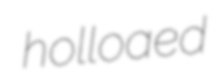
holloaed